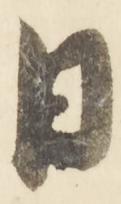
日